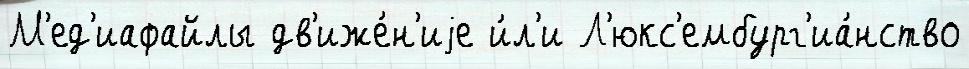
М'ед'иафайлы дв'иже́н'иjе и́л'и Л'юкс'ембург'иа́нство